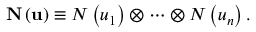
\mathbf { N } \left( \mathbf { u } \right) \equiv N \left( u _ { 1 } \right) \otimes \cdots \otimes N \left( u _ { n } \right) .